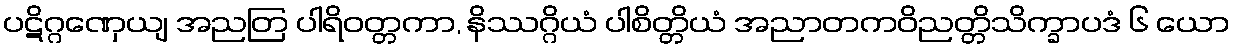
ပဋိဂ္ဂဏှေယျ အညတြ ပါရိဝတ္တကာ, နိဿဂ္ဂိယံ ပါစိတ္တိယံ အညာတကဝိညတ္တိသိက္ခာပဒံ ၆ ယော